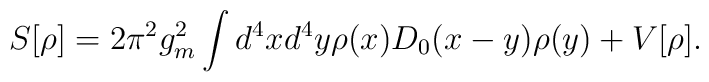
S[\rho]=2\pi^2g_m^2\int d^4xd^4y\rho(x)D_0(x-y)\rho(y)+V[\rho].